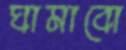
ঘামাবো